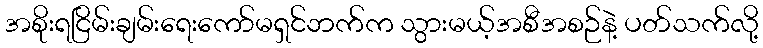
အစိုးရငြိမ်းချမ်းရေးကော်မရှင်ဘက်က သွားမယ့်အစီအစဉ်နဲ့ ပတ်သက်လို့